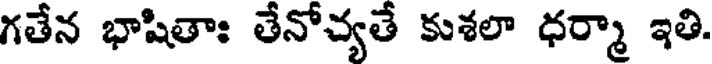
గతేన భాషితాః తేనోచ్యతే కుశలా ధర్మా ఇతి.